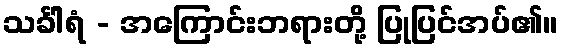
သင်္ခါရံ - အကြောင်းဘရားတို့ ပြုပြင်အပ်၏။